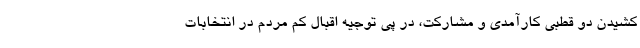
کشیدن دو قطبی کارآمدی و مشارکت، در پی توجیه اقبال کم مردم در انتخابات